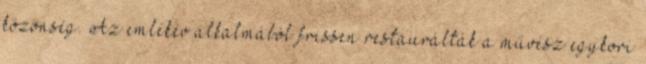
közönség. Az emlékév alkalmából frissen restaurálták a művész egykori